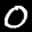
Label: 0